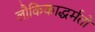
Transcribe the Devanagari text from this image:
लौकिकाद्धर्मतो